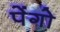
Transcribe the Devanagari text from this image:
पेंगो